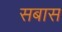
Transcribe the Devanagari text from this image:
सबास